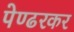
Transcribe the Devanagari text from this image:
पेण्ढरकर